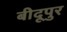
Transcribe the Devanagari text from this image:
बीदूपुर